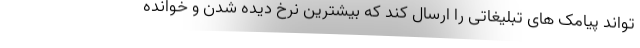
تواند پیامک های تبلیغاتی را ارسال کند که بیشترین نرخ دیده شدن و خوانده